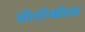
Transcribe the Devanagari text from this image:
प्रोटॉकॉल